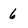
Character: 6